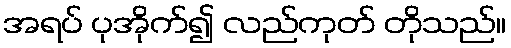
အရပ် ပုအိုက်၍ လည်ကုတ် တိုသည်။